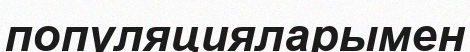
популяцияларымен